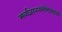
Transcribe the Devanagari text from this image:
सर्वाज्ञानतमोभेदभानवे